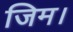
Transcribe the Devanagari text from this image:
जिम।